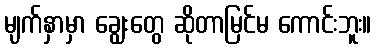
မျက်နှာမှာ ချွေးတွေ ဆိုတာမြင်မ ကောင်းဘူး။